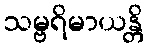
သမ္ဗရိမာယန္တိ